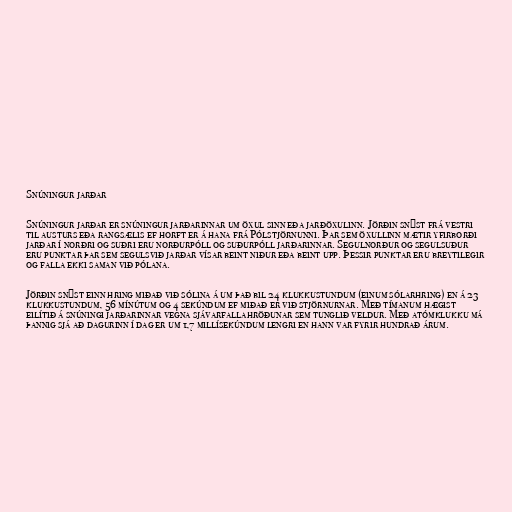
Snúningur jarðar

Snúningur jarðar er snúningur jarðarinnar um öxul sinn eða jarðöxulinn. Jörðin snýst frá vestri
til austurs eða rangsælis ef horft er á hana frá Pólstjörnunni. Þar sem öxullinn mætir yfirborði
jarðar í norðri og suðri eru norðurpóll og suðurpóll jarðarinnar. Segulnorður og segulsuður
eru punktar þar sem segulsvið jarðar vísar beint niður eða beint upp. Þessir punktar eru breytilegir
og falla ekki saman við pólana.

Jörðin snýst einn hring miðað við sólina á um það bil 24 klukkustundum (einum sólarhring) en á 23
klukkustundum, 56 mínútum og 4 sekúndum ef miðað er við stjörnurnar. Með tímanum hægist
eilítið á snúningi jarðarinnar vegna sjávarfallahröðunar sem tunglið veldur. Með atómklukku má
þannig sjá að dagurinn í dag er um 1,7 millísekúndum lengri en hann var fyrir hundrað árum.